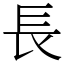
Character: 長